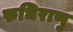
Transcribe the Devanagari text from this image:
रुधिराणु